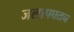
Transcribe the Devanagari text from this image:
जलापघतन